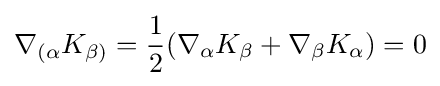
\nabla _{(\alpha }K_{\beta )}={\frac {1}{2}}(\nabla _{\alpha }K_{\beta }+\nabla _{\beta }K_{\alpha })=0